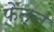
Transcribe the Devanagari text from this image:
फेन्न